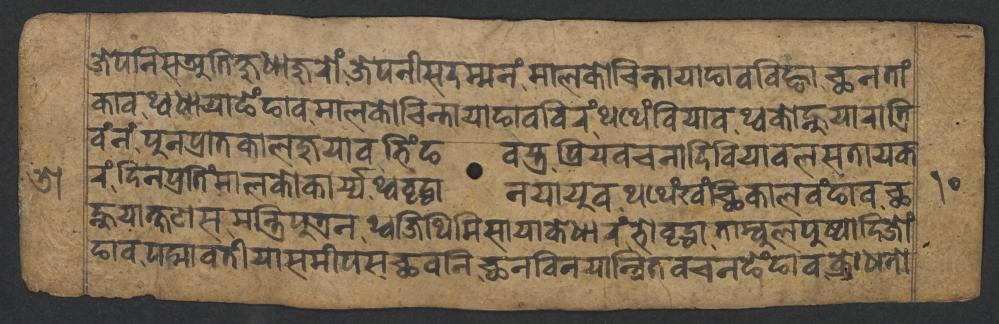
𑐖𑐾𑐥𑐣𑐶𑐳𑐀𑐟𑐶𑐎𑑂𑐲𑐸𑐢𑐵𑐖𑐸𑐬𑑀𑑄𑐖𑐾𑐥𑐣𑐷𑐳𑐡𑐩𑑂𑐩𑐣𑑄𑐩𑐵𑐮𑐎𑑀𑐔𑐶𑐣𑑂𑐟𑐵𑐫𑐵𑐒𑐵𑐰𑐧𑐶𑐒𑑂𑐴𑐵𑐕𑐣𑐟𑐵𑑄 𑐎𑐵𑐰𑐠𑑂𑐰𑐢𑐵𑐫𑐵𑐒𑐾𑑄𑐒𑐵𑐰𑐩𑐵𑐮𑐎𑑀𑐔𑐶𑐣𑑂𑐟𑐵𑐫𑐵𑐒𑐵𑐰𑐧𑐶𑐬𑑄𑐠𑐠𑐾𑑄𑐧𑐶𑐫𑐵𑐰𑐠𑑂𑐰𑐎𑑀𑐣𑑂𑐴𑐸𑐫𑐵𑐬𑐵𑐟𑑂𑐬𑐶 𑐰𑑄𑐣𑑄𑐥𑐸𑐣𑐥𑑂𑐬𑐵𑐟𑐎𑐵𑐮𑐖𑐸𑐫𑐵𑐰𑐨𑐶𑑄𑐒𑐰𑐳𑑂𑐟𑑂𑐬𑐥𑑂𑐬𑐶𑐫𑐰𑐔𑐣𑐵𑐡𑐶𑐧𑐶𑐫𑐵𑐰𑐮𑐳𑐟𑐵𑐫𑐎 𑐬𑑄𑐡𑐶𑐣𑐥𑑂𑐬𑐟𑐶𑑄𑐩𑐵𑐮𑐎𑑀𑐎𑐵𑐬𑑂𑐫𑑂𑐫𑐠𑑂𑐰𑐰𑐺𑐡𑑂𑐢𑐵𑐣𑐫𑐵𑐫𑐸𑐰𑐠𑐠𑐾𑑄𑐏𑑄𑐕𑐶𑐎𑐵𑐮𑐰𑑄𑐒𑐵𑐰𑐕 𑐣𑑂𑐴𑐸𑐫𑐵𑐎𑑂𑐲𑐞𑐳𑐩𑐣𑑂𑐟𑑂𑐬𑐶𑐥𑐸𑐟𑑂𑐬𑐣𑐠𑑂𑐰𑐖𑐶𑐠𑐶𑐩𑐶𑐳𑐵𑐫𑐵𑐎𑐾𑐢𑐵𑐬𑑄𑐨𑑀𑐰𑐺𑐡𑑂𑐢𑐵𑐟𑐵𑐩𑑂𑐧𑐸𑐮𑐥𑐸𑐲𑑂𑐥𑐵𑐡𑐶𑐖𑑀𑑄 𑐒𑐵𑐰𑐥𑐡𑑂𑐩𑐵𑐰𑐟𑐷𑐫𑐵𑐳𑐩𑐷𑐥𑐳𑐕𑐰𑐣𑐶𑐕𑐣𑐰𑐶𑐣𑐫𑐵𑐣𑑂𑐰𑐶𑐟𑐰𑐔𑐣𑐒𑐾𑑄𑐒𑐵𑐰𑐎𑑂𑐬𑑀𑐢𑐣𑑀